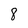
Character: 8